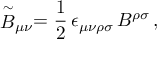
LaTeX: \stackrel { \sim } { B } _ { \mu \nu } = \frac { 1 } { 2 } \, \epsilon _ { \mu \nu \rho \sigma } \, B ^ { \rho \sigma } \, ,